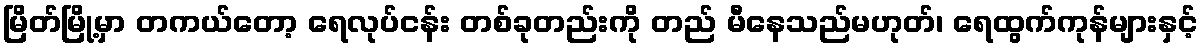
မြိတ်မြို့မှာ တကယ်တော့ ရေလုပ်ငန်း တစ်ခုတည်းကို တည် မီနေသည်မဟုတ်၊ ရေထွက်ကုန်များနှင့်